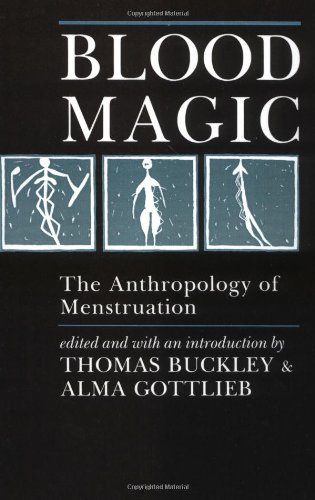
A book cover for Blood Magic: The Anthropology of Menstruation: 1st (First) Edition; Alma Gottlieb (Editor) Thomas Buckley (Editor); Health, Fitness & Dieting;